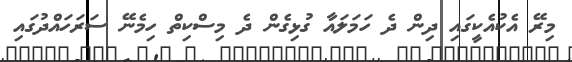
މިރޭ އެކުއެކީގައި ދިން ދެ ހަމަލައާ ގުޅިގެން ދެ މިސްކިތް ހިމެނޭ ސަރަހައްދުގައި